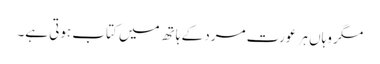
مگر وہاں ہر عورت مرد کے ہاتھ میں کتاب ہوتی ہے۔